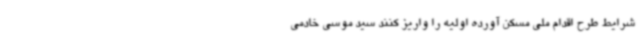
شرایط طرح اقدام ملی مسکن آورده اولیه را واریز کنند سید موسی خادمی